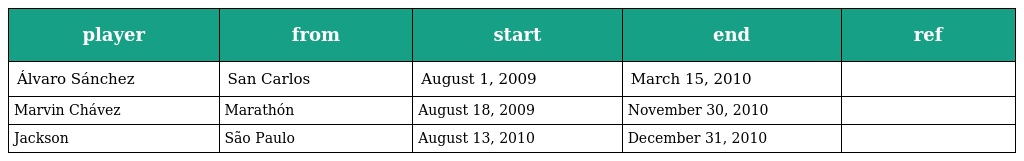
| player | from | start | end | ref |
 | --- | --- | --- | --- | --- |
 | Álvaro Sánchez | San Carlos | August 1, 2009 | March 15, 2010 |  |
 | Marvin Chávez | Marathón | August 18, 2009 | November 30, 2010 |  |
 | Jackson | São Paulo | August 13, 2010 | December 31, 2010 |  |